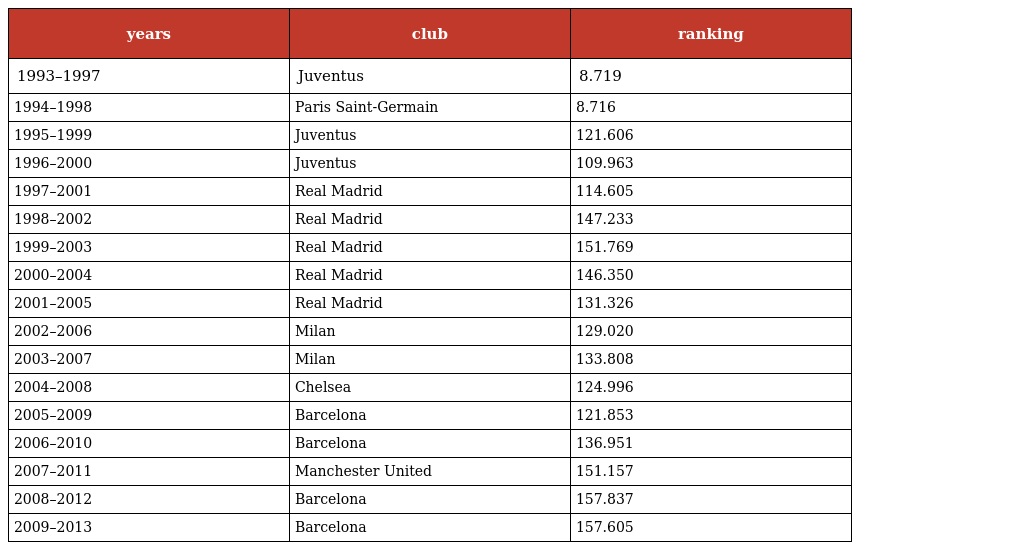
| years | club | ranking |
 | --- | --- | --- |
 | 1993–1997 | Juventus | 8.719 |
 | 1994–1998 | Paris Saint-Germain | 8.716 |
 | 1995–1999 | Juventus | 121.606 |
 | 1996–2000 | Juventus | 109.963 |
 | 1997–2001 | Real Madrid | 114.605 |
 | 1998–2002 | Real Madrid | 147.233 |
 | 1999–2003 | Real Madrid | 151.769 |
 | 2000–2004 | Real Madrid | 146.350 |
 | 2001–2005 | Real Madrid | 131.326 |
 | 2002–2006 | Milan | 129.020 |
 | 2003–2007 | Milan | 133.808 |
 | 2004–2008 | Chelsea | 124.996 |
 | 2005–2009 | Barcelona | 121.853 |
 | 2006–2010 | Barcelona | 136.951 |
 | 2007–2011 | Manchester United | 151.157 |
 | 2008–2012 | Barcelona | 157.837 |
 | 2009–2013 | Barcelona | 157.605 |